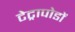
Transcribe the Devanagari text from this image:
टेट्रापोडों